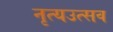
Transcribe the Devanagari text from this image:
नृत्यउत्सव